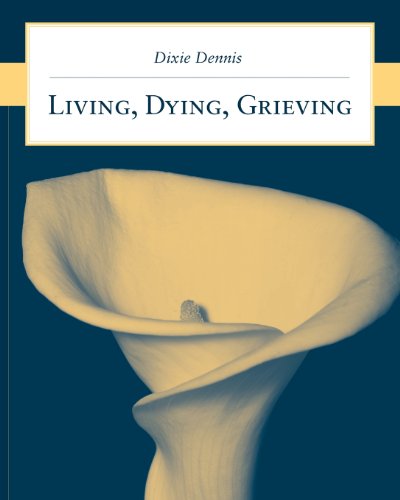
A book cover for Living, Dying, Grieving; Dixie L. Dennis; Medical Books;